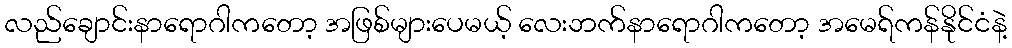
လည်ချောင်းနာရောဂါကတော့ အဖြစ်များပေမယ့် လေးဘက်နာရောဂါကတော့ အမေရ်ကန်နိုင်ငံနဲ့